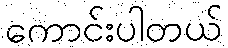
ကောင်းပါတယ်